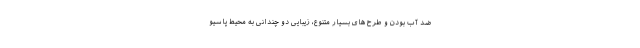
ضد آب بودن و طرح های بسیار متنوع، زیبایی دو چندانی به محیط پاسیو